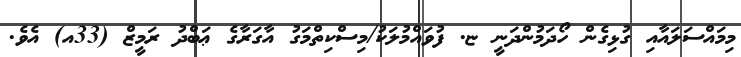
މިމައްސަލައާއި ގުޅިގެން ހޯދަމުންދަނީ ޏ. ފުވައްމުލަކު/މިސްކިތްމަގު އާގަރާގެ ޢަބްދު ރަމީޒް (33އ) އެވެ.